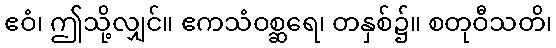
ဧဝံ၊ ဤသို့လျှင်။ ဧကသံဝစ္ဆရေ၊ တနှစ်၌။ စတုဝီသတိ၊